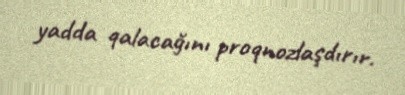
yadda qalacağını proqnozlaşdırır.